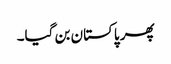
پھر پاکستان بن گیا۔